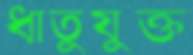
ধাতুযুক্ত